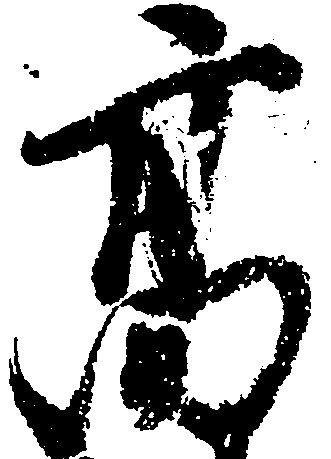
高